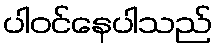
ပါဝင်နေပါသည်